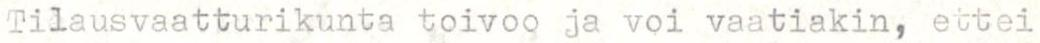
Tilausvaatturikunta toivoo ja voi vaatiakin, ettei